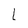
Character: l